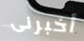
أخبرنى